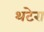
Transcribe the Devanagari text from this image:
थटेरा